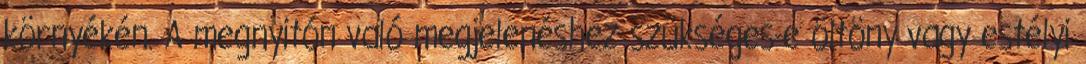
környékén. A megnyitón való megjelenéshez szükséges-e öltöny vagy estélyi